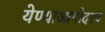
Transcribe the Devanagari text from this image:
येण्याआगोदरच